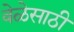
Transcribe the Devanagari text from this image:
वेळेसाठी